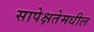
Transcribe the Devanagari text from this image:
सापेक्षतेमधील